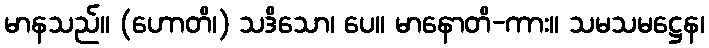
မာနသည်။ (ဟောတိ၊) သဒိသော၊ ပေ။ မာနောတိ-ကား။ သမသမဋ္ဌေန၊